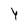
Character: Y